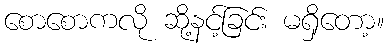
စောစောကလို ဆို့နင့်ခြင်း မရှိတော့။